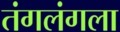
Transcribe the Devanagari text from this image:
तंगलंगला